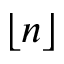
\lfloor n \rfloor